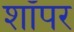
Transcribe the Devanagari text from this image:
शॉपर